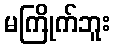
မကြိုက်ဘူး